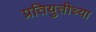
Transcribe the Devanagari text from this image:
प्रतियुतीच्या